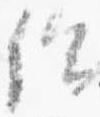
給